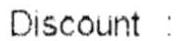
DISCOUNT :